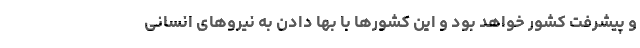
و پیشرفت کشور خواهد بود و این کشورها با بها دادن به نیرو‌های انسانی